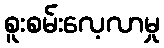
စူးစမ်းလေ့လာမှု